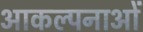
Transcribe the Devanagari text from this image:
आकल्पनाओं